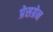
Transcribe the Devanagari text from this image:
प्रेसग्रेन